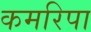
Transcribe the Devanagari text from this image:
कमरिपा